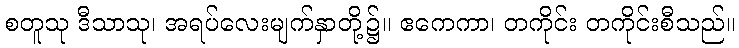
စတူသု ဒီသာသု၊ အရပ်လေးမျက်နှာတို့၌။ ဧကေကာ၊ တကိုင်း တကိုင်းစီသည်။